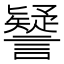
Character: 𧭐